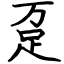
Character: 趸